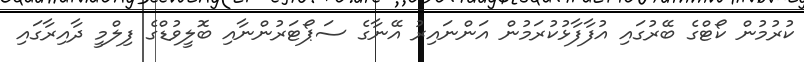
ކުރުމުން ކޯޓްގެ ބޭރުގައި އުފާފާޅުކުރަމުން އަންނައިރު އޭނާގެ ސަޕޯޓަރުންނާއި ބޮލީވުޑްގެ ފިލްމީ ދާއިރާގައި